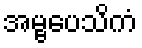
အမ္ဗပေသိကံ